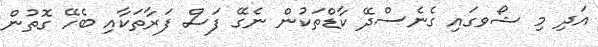
އަދި މި ޝޯވގައި ގެނެސްދޭ ކާޑްތަކުން ނެގޭ ފަސް ފަރާތަކާއި ބެހޭ ގޮތުން